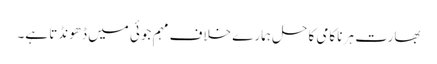
بھارت ہر ناکامی کا حل ہمارے خلاف مہم جوئی میں ڈھونڈتا ہے۔